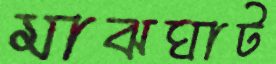
মাঝঘাট